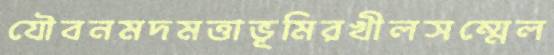
যৌবনমদমত্তাভূমিরখীলসম্মেল